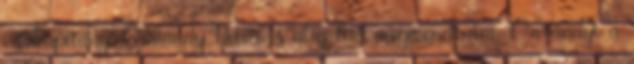
várkapitány, Ormándy Péter is alig tud megmenekülni. Ormándyt a